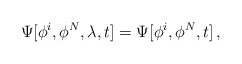
\begin{align*}\Psi[\phi^i ,\phi^N ,\lambda , t] = \Psi[\phi^i ,\phi^N , t]\, ,\end{align*}